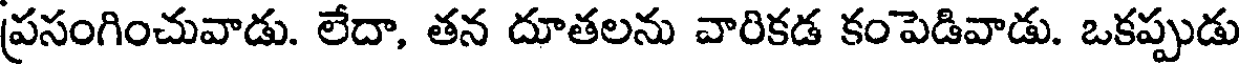
ప్రసంగించువాడు. లేదా, తన దూతలను వారికడ కంపెడివాడు. ఒకప్పుడు